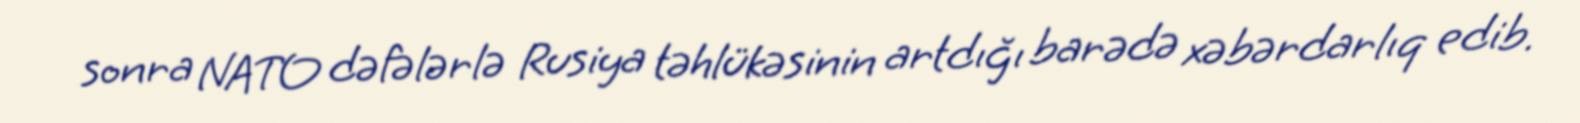
sonra NATO dəfələrlə Rusiya təhlükəsinin artdığı barədə xəbərdarlıq edib.